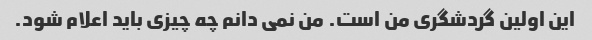
این اولین گردشگری من است. من نمی دانم چه چیزی باید اعلام شود.